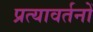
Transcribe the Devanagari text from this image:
प्रत्यावर्तनों